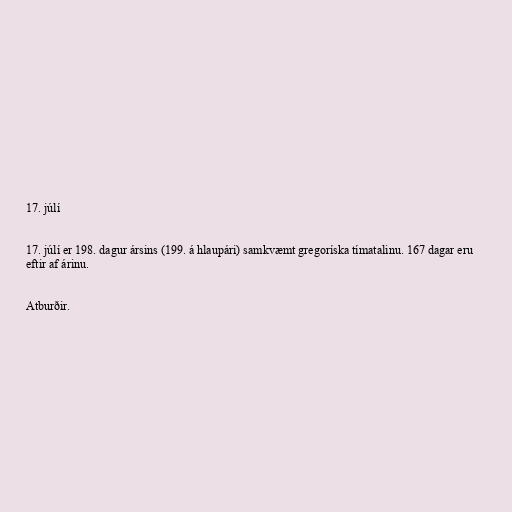
17. júlí

17. júlí er 198. dagur ársins (199. á hlaupári) samkvæmt gregoríska tímatalinu. 167 dagar eru
eftir af árinu.

Atburðir.